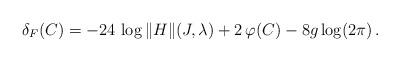
LaTeX: \begin{align*} \delta_F(C) = -24\,\log\|H\|(J,\lambda) + 2\,\varphi(C)-8g\log(2\pi) \, . \end{align*}